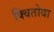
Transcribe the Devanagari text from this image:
क्वितोवा